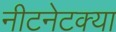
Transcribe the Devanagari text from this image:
नीटनेटक्या